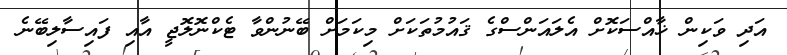
އަދި ވަކިން ޚާއްސަކޮށް އެލައަންސްގެ ޤައުމުތަކަށް މިކަމަށް ބޭނުންވާ ޓެކްނޮލޮޖީ އާއި ފައިސާލިބޭނެ